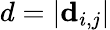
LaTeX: d=|\mathbf{d}_{i,j}|